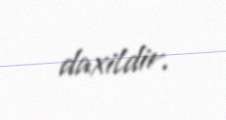
daxildir.